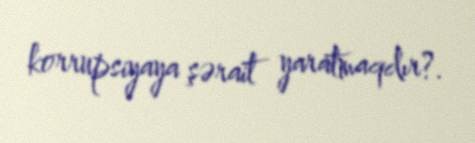
korrupsiyaya şərait yaratmaqdır?.